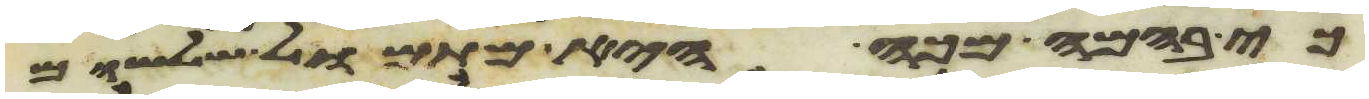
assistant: כי בהמה מכה היא מתמול שלשום